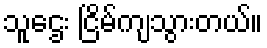
သူဌေး ငြိမ်ကျသွားတယ်။